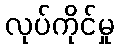
လုပ်ကိုင်မှု